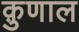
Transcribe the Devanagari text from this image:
क़ुणाल